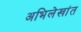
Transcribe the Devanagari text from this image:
अभिलेखांत